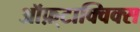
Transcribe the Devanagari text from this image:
ऑफ़्टाक्विक्स